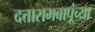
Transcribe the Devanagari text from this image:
दत्तारामबापूंच्या